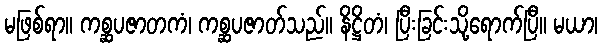
မဖြစ်ရာ။ ကစ္ဆပဇာတကံ၊ ကစ္ဆပဇာတ်သည်။ နိဋ္ဌိတံ၊ ပြီးခြင်းသို့ရောက်ပြီ။ မယာ၊